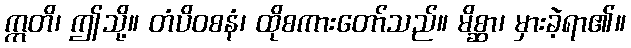
ဣတိ၊ ဤသို့။ တံပိဝစနံ၊ ထိုစကားတော်သည်။ မိစ္ဆာ၊ မှားခဲ့ရာ၏။